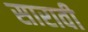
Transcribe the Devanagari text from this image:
सारावी